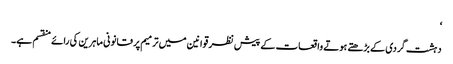
‘
دہشت گردی کے بڑھتے ہوتے واقعات کے پیش نظر قوانین میں ترمیم پر قانونی ماہرین کی رائے منقسم ہے۔